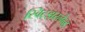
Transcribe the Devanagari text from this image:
स्विट्झरलैन्ड